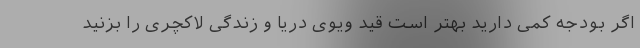
اگر بودجه کمی دارید بهتر است قید ویوی دریا و زندگی لاکچری را بزنید